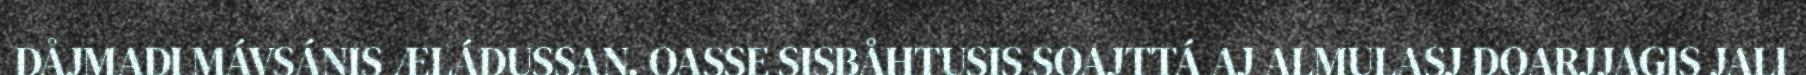
DÅJMADI MÁVSÁNIS ÆLÁDUSSAN. OASSE SISBÅHTUSIS SOAJTTÁ AJ ALMULASJ DOARJJAGIS JALI